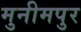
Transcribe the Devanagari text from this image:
मुनीमपुर